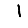
Digit: 1